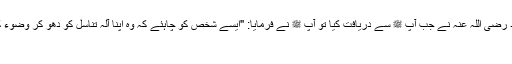
مقداد بن اسود رضی اللہ عنہ نے جب آپ ﷺ سے دریافت کیا تو آپ ﷺ نے فرمایا: "ایسے شخص کو چاہئے کہ وہ اپنا آلہ تناسل کو دھو کر وضوء کر لیا کرے"
یا رسول اللہ!